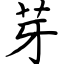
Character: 芽